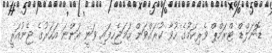
ޑޮނަލްޑް ޓްރަމްޕް ވެރިކަމުގެ ހުވާ ކުރައްވަން ހަމަޖެހިފައި ވަނީ އަންނަ އަހަރުގެ ޖެނުއަރީ